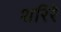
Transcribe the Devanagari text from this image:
शरिरे